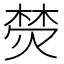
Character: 𭵦